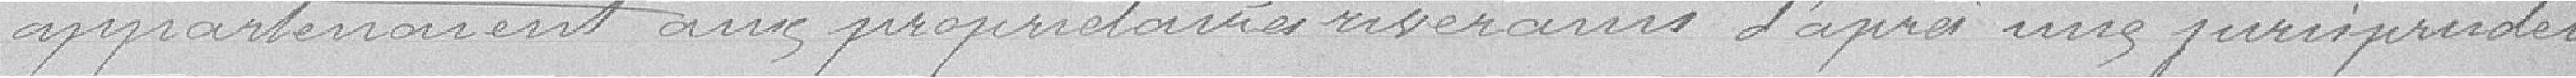
appartenaient aux propriétaires riverains d'après une jurisprudence